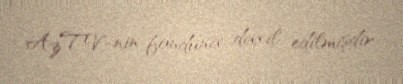
AzTV-nin fonduna daxil edilmişdir.